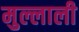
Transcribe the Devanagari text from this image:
मुल्लाली